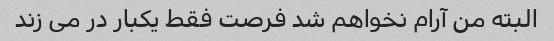
البته من آرام نخواهم شد فرصت فقط یکبار در می زند